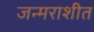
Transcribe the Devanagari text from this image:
जन्मराशीत